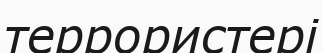
террористері